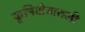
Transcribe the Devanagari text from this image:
कृषिक्षेत्रातली